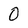
Character: 0